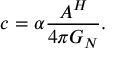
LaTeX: c = \alpha \frac { A ^ { H } } { 4 \pi G _ { N } } .